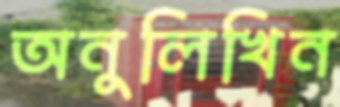
অনুলিখিন